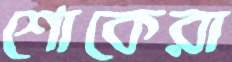
শোকেরা